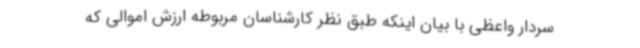
سردار واعظی با بیان اینکه طبق نظر کارشناسان مربوطه ارزش اموالی که